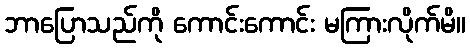
ဘာပြောသည်ကို ကောင်းကောင်း မကြားလိုက်မိ။